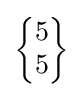
{\begin{Bmatrix}5\\5\end{Bmatrix}}